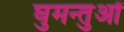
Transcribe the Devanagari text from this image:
घुमन्तुओं